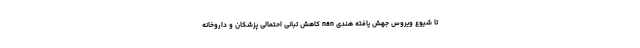
تا شیوع ویروس جهش یافته هندی nan کاهش تبانی احتمالی پزشکان و داروخانه